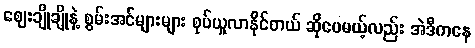
ဈေးချိုချိုနဲ့ စွမ်းအင်များများ စုပ်ယူလာနိုင်တယ် ဆိုပေမယ့်လည်း အဲဒီကနေ